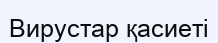
Вирустар қасиеті